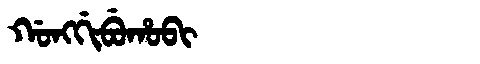
Manchu: ᡤᠣᠩᡤᡳᠪᡠᡥᠣᠪᡳ
Romanization: GONGGIBUHOBI